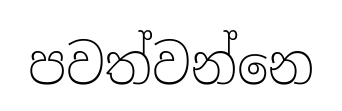
පවත්වන්නෙ